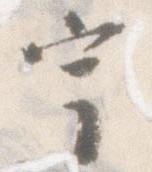
宇